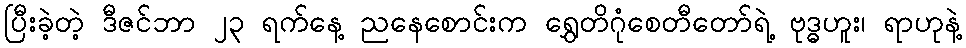
ပြီးခဲ့တဲ့ ဒီဇင်ဘာ ၂၃ ရက်နေ့ ညနေစောင်းက ရွှေတိဂုံစေတီတော်ရဲ့ ဗုဒ္ဓဟူး၊ ရာဟုနဲ့